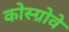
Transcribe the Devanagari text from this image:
कोस्ग्रोवे